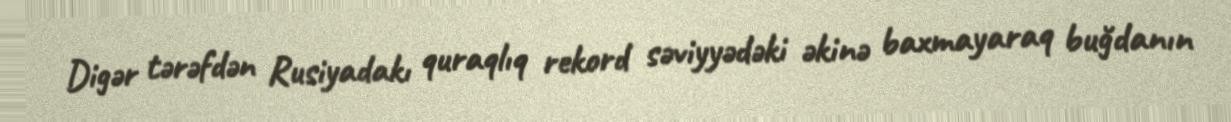
Digər tərəfdən Rusiyadakı quraqlıq rekord səviyyədəki əkinə baxmayaraq buğdanın